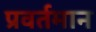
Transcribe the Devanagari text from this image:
प्रवर्तमान